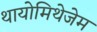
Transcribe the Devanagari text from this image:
थायोमिथेजेम